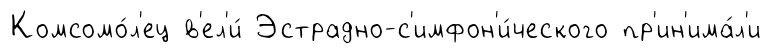
Комсомо́л'ец в'ел'и́ Эстрадно-с'имфон'и́ческого пр'ин'има́л'и